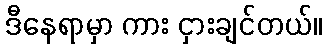
ဒီနေရာမှာ ကား ငှားချင်တယ်။